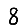
Digit: 8